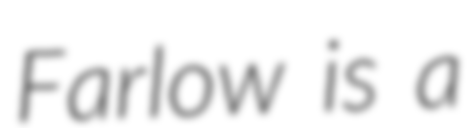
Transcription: Farlow is a